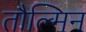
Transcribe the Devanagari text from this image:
तौल्मिन